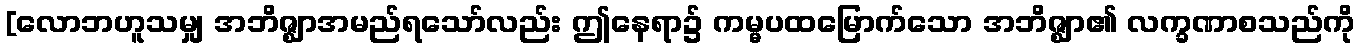
[လောဘဟူသမျှ အဘိဇ္ဈာအမည်ရသော်လည်း ဤနေရာ၌ ကမ္မပထမြောက်သော အဘိဇ္ဈာ၏ လက္ခဏာစသည်ကို